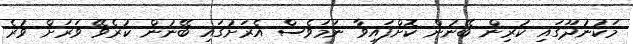
މަކުނުދޫގައި ކުރިން ބޭނުން ކޮށްފައިވާ ނަމަވެސް އެރަށުގަައި ބޭނުން ކުރެވޭ ވަރަށް ވުރެ